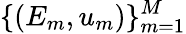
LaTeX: \{ (E_{m},u_{m})\} _{m=1}^{M}